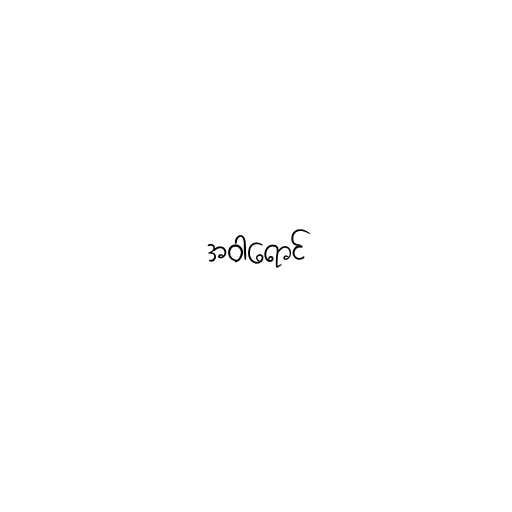
အဝါရောင်